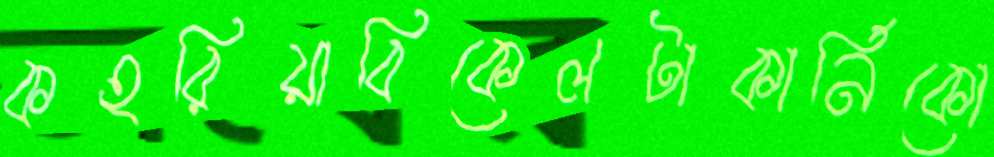
কহরিয়াবিকেলটাকার্নিকো